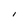
Character: I